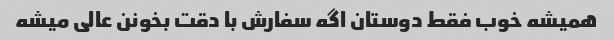
همیشه خوب فقط دوستان اگه سفارش با دقت بخونن عالی میشه